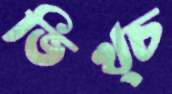
ভিখ্চ